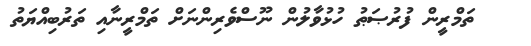
ތަމްރީން ފުރުޞަޠު ހުޅުވާލުން ނޫސްވެރިންނަށް ތަމްރީނާއި ތަރުބިއްޔަތު